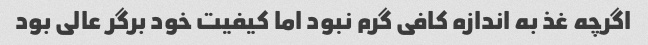
اگرچه غذ به اندازه کافی گرم نبود اما کیفیت خود برگر عالی بود